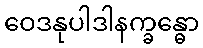
ဝေဒနုပါဒါနက္ခန္ဓော